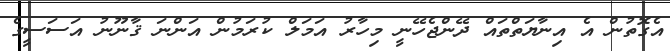
އެގޮތުން އެ އިނާޔަތްތައް ދޭންޖެހޭނީ މިހާރު އަމަލް ކުރަމުން އަންނަ ޤާނޫނު އަސަސީގެ